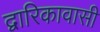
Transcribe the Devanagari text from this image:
द्वारिकावासी